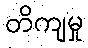
တိကျမှု